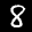
Label: 8